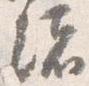
緒